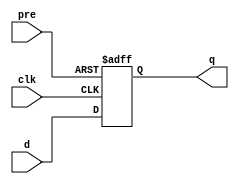
module R5(d, clk, pre, q);
	input d, clk, pre;
	output reg q;
	
	always @ (posedge clk or posedge pre)
	begin
		if (pre)
		begin
			q <= 1'b1;
		end
		else
		begin
			q <= d;
		end
	end
endmodule